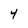
Character: 4